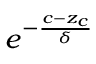
e ^ { - \frac { c - z _ { c } } { \delta } }